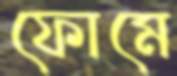
ফোমে